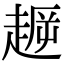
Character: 𧼞